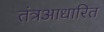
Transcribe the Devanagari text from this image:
तंत्रआधारित